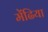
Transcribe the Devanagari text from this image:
मेंढिया